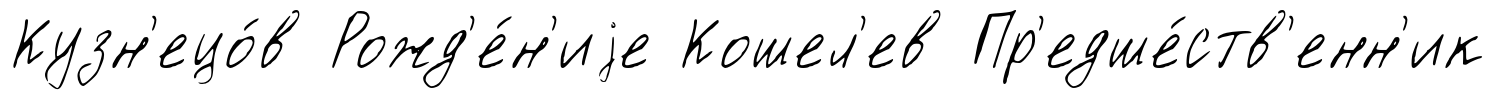
Кузн'ецо́в Рожд'е́н'иjе Кошел'ев Пр'едше́ств'енн'ик